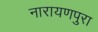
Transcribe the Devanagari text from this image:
नारायणपुरा